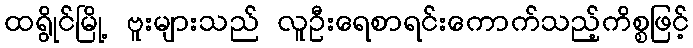
ထရွိုင်မြို့ ဗူးများသည် လူဦးရေစာရင်းကောက်သည့်ကိစ္စဖြင့်